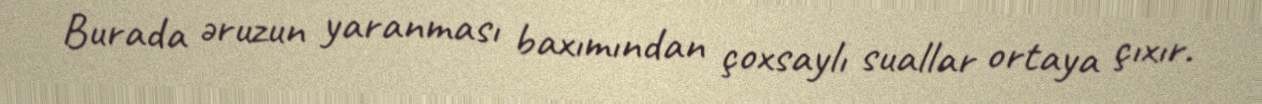
Burada əruzun yaranması baxımından çoxsaylı suallar ortaya çıxır.